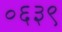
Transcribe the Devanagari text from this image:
०६३९